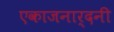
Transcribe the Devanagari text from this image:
एकाजनार्दनी